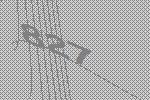
827